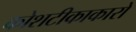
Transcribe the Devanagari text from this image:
कोशटीकाकारों